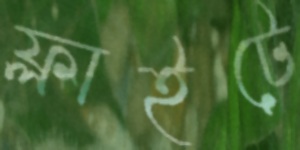
ফ্লাইটে